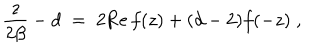
{ \frac { z } { 2 \beta } } - d \; = \; 2 \mathrm { R e } \, f ( z ) + ( d - 2 ) f ( - z ) \; ,